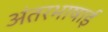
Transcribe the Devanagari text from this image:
अंतरभाषाई